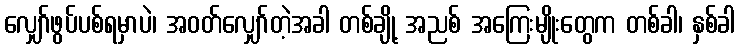
လျှော်ဖွပ်ပစ်ရမှာပဲ၊ အဝတ်လျှော်တဲ့အခါ တစ်ချို့ အညစ် အကြေးမျိုးတွေက တစ်ခါ၊ နှစ်ခါ